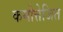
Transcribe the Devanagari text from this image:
कमोत्तेजित